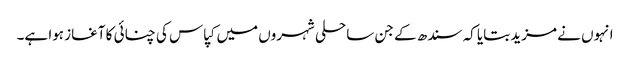
انہوں نے مزید بتایا کہ سندھ کے جن ساحلی شہروں میں کپاس کی چنائی کا آغاز ہوا ہے۔